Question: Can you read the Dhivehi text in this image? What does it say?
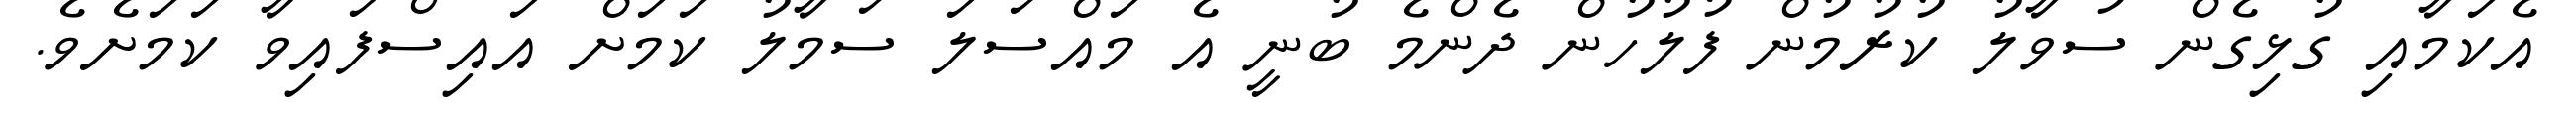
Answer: އެކަމާއި ގުޅިގެން ސުވާލު ކުރުމުން ފުލުހުން ދެންމެ ބުނީ އެ މައްސަލަ ސަމާލު ކަމަށް އައިސްފައިވާ ކަމަށެވެ.